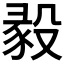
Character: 𣪣